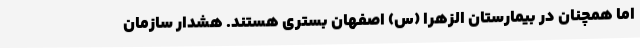
اما همچنان در بیمارستان الزهرا (س) اصفهان بستری هستند. هشدار سازمان